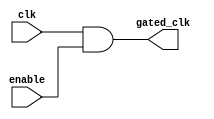
module clock_gating_cell (
    input wire clk,      // Global clock signal
    input wire enable,   // Enable signal to gate the clock
    output wire gated_clk // Gated clock output
);

    // Simple clock gating logic using an AND gate
    assign gated_clk = clk & enable;

endmodule